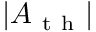
| A _ { \mathrm { ~ t ~ h ~ } } |